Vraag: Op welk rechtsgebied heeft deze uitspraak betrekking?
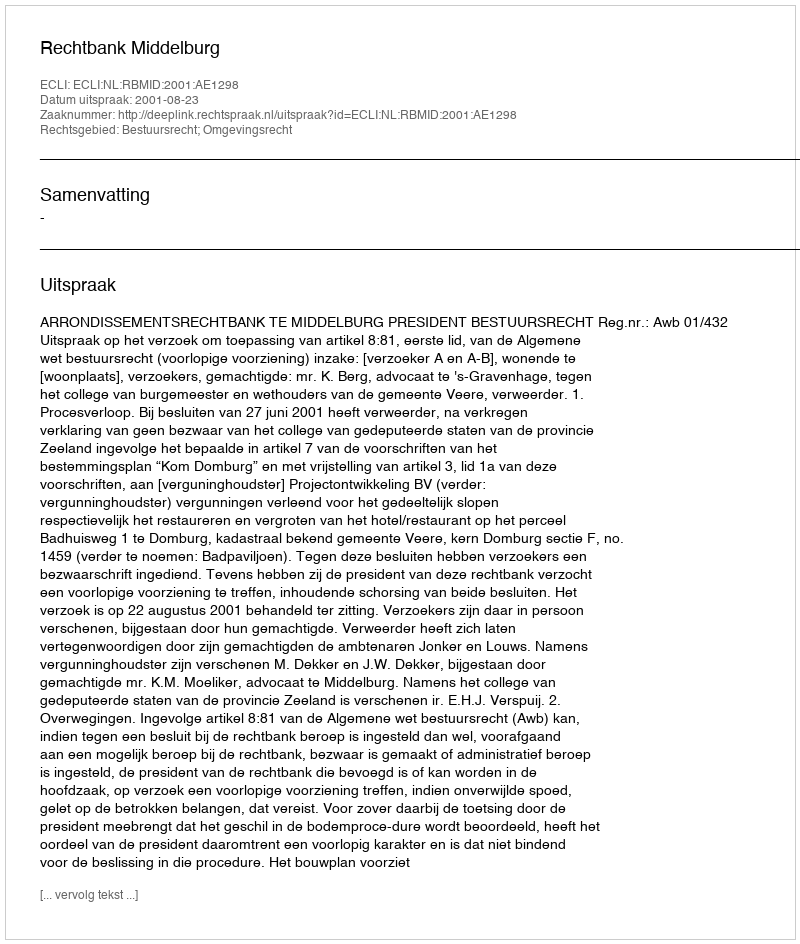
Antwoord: Bestuursrecht; Omgevingsrecht